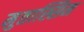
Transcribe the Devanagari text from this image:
मुतास्सिम